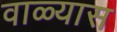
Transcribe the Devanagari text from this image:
वाळ्यास